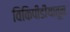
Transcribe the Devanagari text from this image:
विकिपीडीयातून